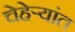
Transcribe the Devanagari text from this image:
चेहेर्‍यांत